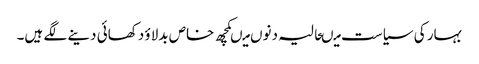
بہار کی سیاست میںحالیہ دنوں میںکچھ خاص بدلاؤ دکھائی دینے لگے ہیں۔